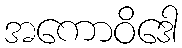
အကောဝိဒေါ